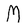
Character: M